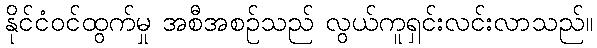
နိုင်ငံဝင်ထွက်မှု အစီအစဉ်သည် လွယ်ကူရှင်းလင်းလာသည်။